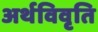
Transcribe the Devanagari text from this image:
अर्थविवृति